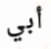
أبي